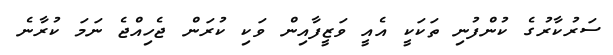
ސަރުކާރުގެ ކުންފުނި ތަކަކީ އެއީ ވަޒީފާއިން ވަކި ކުރަން ޖެހިއްޖެ ނަމަ ކުރާނެ